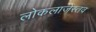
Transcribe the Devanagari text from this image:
लोकलाजेस्तव